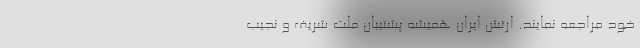
خود مراجعه‌ نمایند. ارتش‌ ایران‌ همیشه‌ پشتیبان‌ ملت‌ شریف‌ و نجیب‌